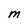
Character: m